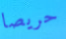
حريصا